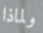
ولماذا